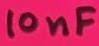
Text: 10nF